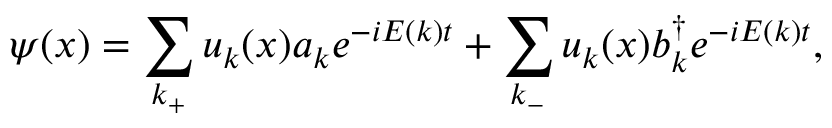
\psi ( x ) = \sum _ { k _ { + } } u _ { k } ( x ) a _ { k } e ^ { - i E ( k ) t } + \sum _ { k _ { - } } u _ { k } ( x ) b _ { k } ^ { \dagger } e ^ { - i E ( k ) t } ,